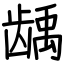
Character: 龋